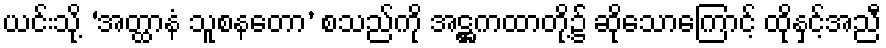
ယင်းသို့ ‘အတ္ထာနံ သူစနတော’ စသည်ကို အဋ္ဌကထာတို့၌ ဆိုသောကြောင့် ထိုနှင့်အညီ